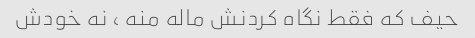
حیف که فقط نگاه کردنش ماله منه ، نه خودش